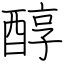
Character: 醇